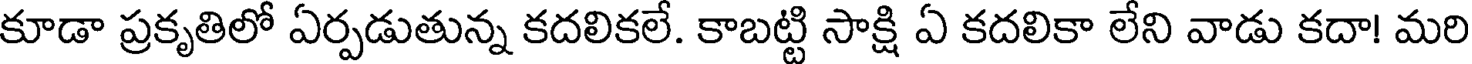
కూడా ప్రకృతిలో ఏర్పడుతున్న కదలికలే. కాబట్టి సాక్షి ఏ కదలికా లేని వాడు కదా! మరి